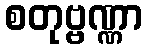
စတုဗ္ဗဏ္ဏာ